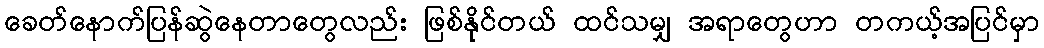
ခေတ်နောက်ပြန်ဆွဲနေတာတွေလည်း ဖြစ်နိုင်တယ် ထင်သမျှ အရာတွေဟာ တကယ့်အပြင်မှာ